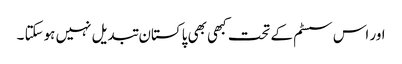
اور اس سسٹم کے تحت کبھی بھی پاکستان تبدیل نہیں ہوسکتا ۔